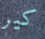
كير